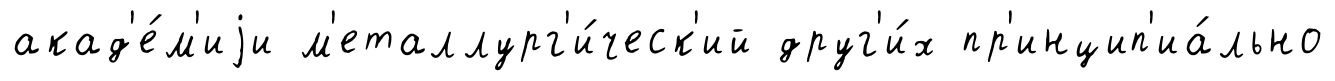
акад'е́м'иjи м'еталлург'и́ческ'ий друг'и́х пр'инцип'иа́льно